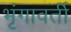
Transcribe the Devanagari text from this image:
भृंगावर्ती